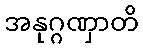
အနုဂ္ဂဏှာတိ